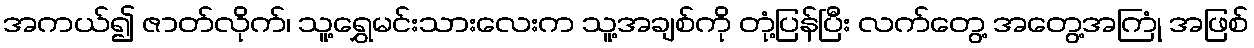
အကယ်၍ ဇာတ်လိုက်၊ သူ့ရွှေမင်းသားလေးက သူ့အချစ်ကို တုံ့ပြန်ပြီး လက်တွေ့ အတွေ့အကြုံ အဖြစ်